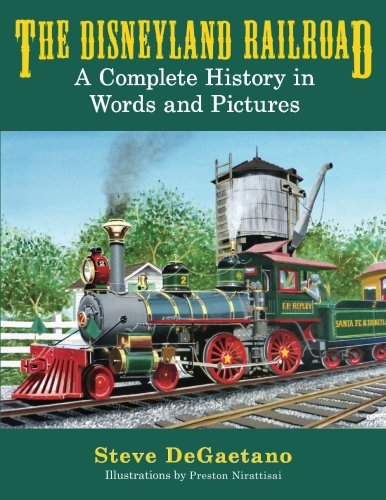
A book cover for The Disneyland Railroad: A Complete History in Words and Pictures; Steve DeGaetano; Travel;